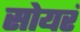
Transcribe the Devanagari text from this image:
सोयरं